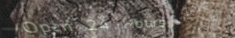
Open 24 Hours